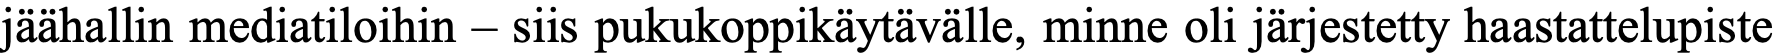
jäähallin mediatiloihin – siis pukukoppikäytävälle, minne oli järjestetty haastattelupiste